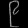
Digit: ၉